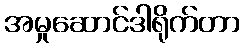
အမှုဆောင်ဒါရိုက်တာ